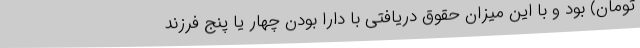
تومان) بود و با این میزان حقوق دریافتی با دارا بودن چهار یا پنج فرزند